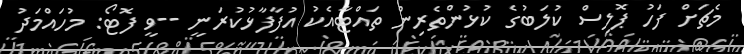
މެޗަށް ފަހު ޕޮލިސް ކުލަބުގެ ކުޅުންތެރިން ތައްޓާއެކު އުފާފާޅުކުރަނީ --ވީ ފޮޓޯ: މުހައްމަދު